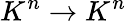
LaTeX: K^{n}\to K^{n}